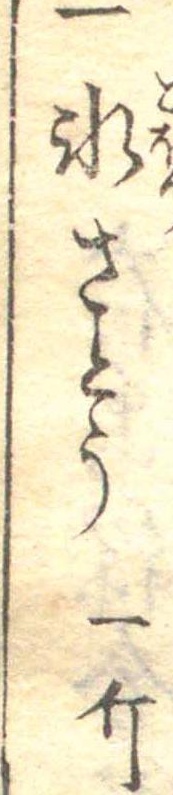
一氷さとう一斤